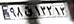
۹۸ق۱۲۲۱۳